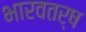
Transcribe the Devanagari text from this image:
भारवतर्ष